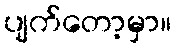
ပျက်တော့မှာ။